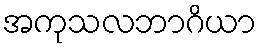
အကုသလဘာဂိယာ